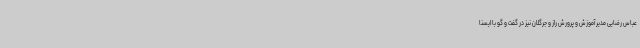
عباس رضایی مدیر آموزش و پرورش راز و جرگلان نیز در گفت و گو با ایسنا